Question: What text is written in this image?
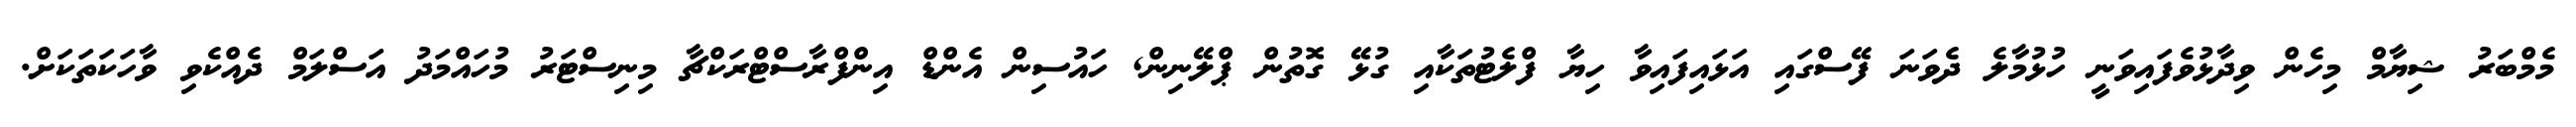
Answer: މެމްބަރު ޝިޔާމް މިހެން ވިދާޅުވެފައިވަނީ ހުޅުމާލެ ދެވަނަ ފޭސްގައި އަޅައިފައިވާ ހިޔާ ފްލެޓުތަކާއި ގުޅޭ ގޮތުން ޕްލޭނިން, ހައުސިން އެންޑް އިންފްރާސްޓްރަކްޗާ މިނިސްޓަރު މުހައްމަދު އަސްލަމް ދެއްކެވި ވާހަކަތަކަށް.